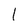
Character: l